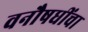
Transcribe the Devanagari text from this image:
वनौषधींचा